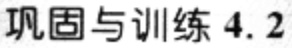
巩固与训练 4.2